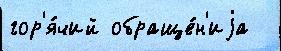
гор'я́чий обраще́н'иjа